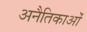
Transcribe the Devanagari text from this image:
अनैतिकाओं